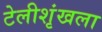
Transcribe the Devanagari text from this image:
टेलीशृंखला